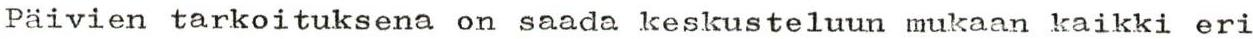
Päivien tarkoituksena on saada keskusteluun mukaan kaikki eri